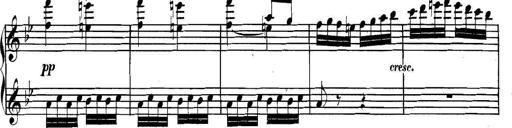
Title: Collected Piano Sonatas
Composer: Muzio Clementi